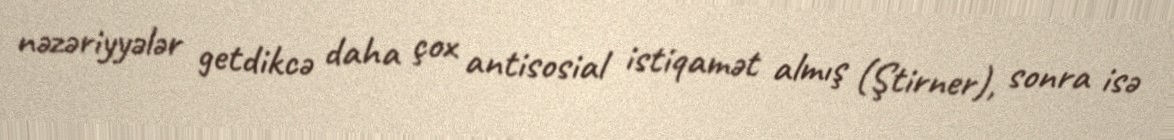
nəzəriyyələr getdikcə daha çox antisosial istiqamət almış (Ştirner), sonra isə